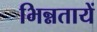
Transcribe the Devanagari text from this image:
भिन्नतायें